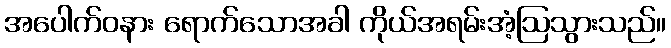
အပေါက်ဝနား ရောက်သောအခါ ကိုယ်အရမ်းအံ့ဩသွားသည်။